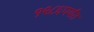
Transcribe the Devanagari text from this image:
१९८६पर्यंत